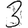
Digit: 3